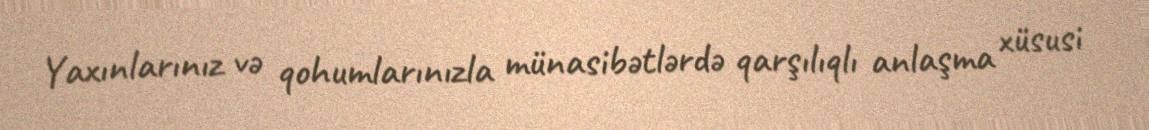
Yaxınlarınız və qohumlarınızla münasibətlərdə qarşılıqlı anlaşma xüsusi